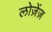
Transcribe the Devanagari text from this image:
लोज़ेंज़